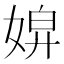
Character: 𡞌